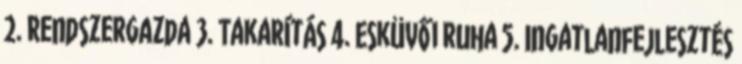
2. Rendszergazda 3. Takarítás 4. Esküvői ruha 5. Ingatlanfejlesztés